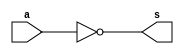
// Exemplo0025 - COMPLEMENTO DE 2(6 bits)
// Nome: Tiago Moreira

// -- complemento de 1 - 1 bit

module complement1(output s, input a);

	//descricao do circuito por portas
	not n1(s,a);

endmodule

// -- hal adder 2 bits, para calcular o complemento de 2
module halfAdder(output s1, output s0, input a, input b);
	
	//descricao do circuito por portas
	xor x1(s0,a,b);
	and a1(s1,a,b);
endmodule

// -- complemento de 2 - 6 bits 
module complement2(output [0:5]s, input [0:5]a);

	//saidas intermediarias
	wire [0:5]s0;
	wire [0:6]s1;

	//descricao do circuito usando modulos anteriores
	complement1 c1(s0[5],a[5]);
	complement1 c2(s0[4],a[4]);
	complement1 c3(s0[3],a[3]);
	complement1 c4(s0[2],a[2]);
	complement1 c5(s0[1],a[1]);
	complement1 c6(s0[0],a[0]);
	
	not no1(s1[6],a[5]);
	xor xo1(s1[5],a[5],s1[6]);
	
	halfAdder h1(s1[4],s[5],s0[5],s1[5]);
	halfAdder h2(s1[3],s[4],s0[4],s1[4]);
	halfAdder h3(s1[2],s[3],s0[3],s1[3]);
	halfAdder h4(s1[1],s[2],s0[2],s1[2]);
	halfAdder h5(s1[0],s[1],s0[1],s1[1]);
	xor xo2(s[0],s0[0],s1[0]);

endmodule

//------------------
// Test Complemento de 2
//------------------
module testComplement2;

// ---- dados locais
//registradores para os operandos
reg [0:5]a = 6'b000000;
wire [0:5]s;

complement2 c1(s,a);
	
// ---- parte principal

initial
	begin
	
	//execucao unitaria
	$display ("Exemplo0025 - Tiago Moreira - 438948");
	$display ("Complemento de 2 - 6 bits\nExercicio05\n\n");
	
	#1 $display ("C2(%b) = %b",a,s);
		a = 6'b111111;
	#1 $display ("C2(%b) = %b",a,s);
		a = 6'b110110;
	#1 $display ("C2(%b) = %b",a,s);
		a = 6'b010110;
	#1 $display ("C2(%b) = %b",a,s);
	
	end
endmodule //testComplement2

/* -- Documentacao complementar
 
 		Historico
 Nome					Data				Modificacao
 Exemplo0021			01/09/2011		Esboco Full Adder 6 bits
 Exemplo0022			01/09/2011		Esboco Full Subtractor 6 bits
 Exemplo0023			01/09/2011		Esboco Equals Comparator 6 bits
 Exemplo0024			01/09/2011		Esboco Difference Comparator 6 bits
 Exemplo0025			01/09/2011		Esboco Complemento de 2 - 6 bits

			Testes e Resultados

 Exemplo0021
		Full Adder 6 bits (1 sinal - 5 amplitude)
		
		000000 + 000000 = 000000
		111110 + 000100 = 000010
		111110 + 111110 = 111100
		000111 + 111000 = 111111
		
 Exemplo0022
		Full Subtractor 6 bits (1 sinal - 5 amplitude)
		
		000000 - 000000 = 000000
		111110 - 000100 = 111010
		111110 - 111110 = 000000
		000111 - 111000 = 001111

 Exemplo0023
		Equals Comparator 6 bits
		
		000000 == 000000 = 1
		111110 == 000100 = 0
		111110 == 111110 = 1
		000111 == 111000 = 0
		
 Exemplo0024
		Difference Comparator 6 bits
		
		000000 != 000000 = 0
		111110 != 000100 = 1
		111110 != 111110 = 0
		000111 != 111000 = 1
		
 Exemplo0025
		Complemento de 2 - 6 bits
		
		C2(000000) = 000000 - overflow
		C2(111111) = 000001
		C2(110110) = 001010
		C2(010110) = 101010
*/